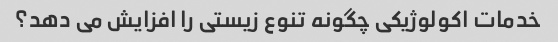
خدمات اکولوژیکی چگونه تنوع زیستی را افزایش می دهد؟